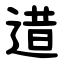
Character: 逪